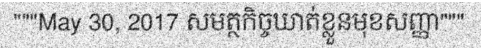
"""May 30, 2017 សមត្ថកិច្ចឃាត់ខ្លួនមុខសញ្ញា"""